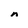
Character: n